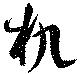
机